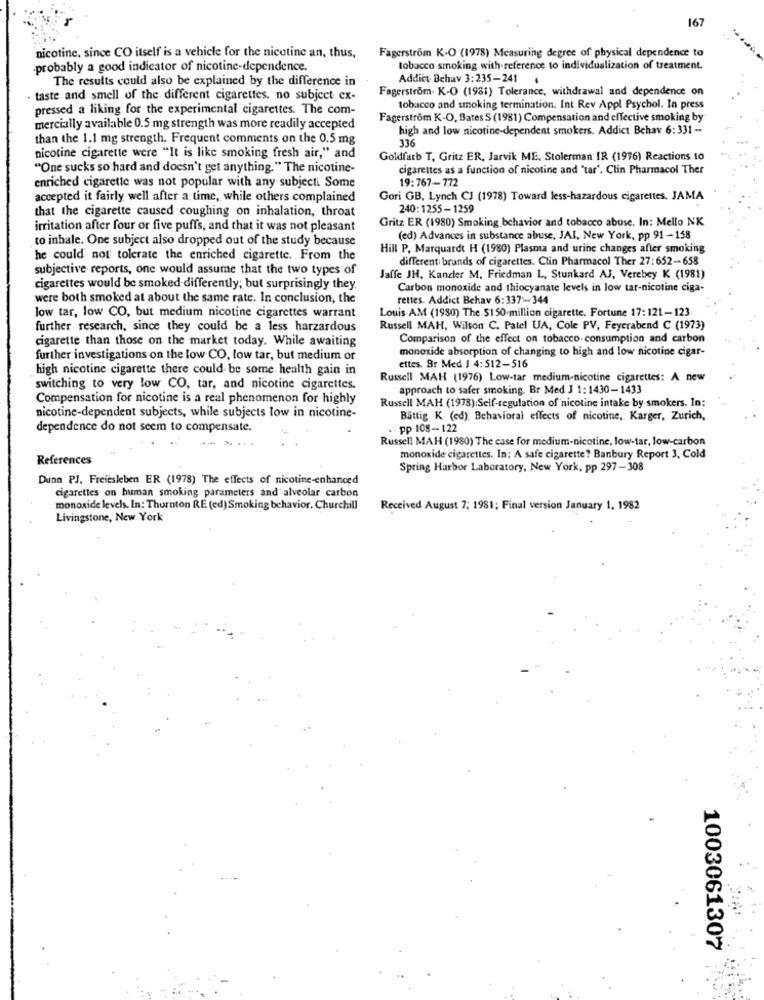
167
Fagerstrom K-O (1978) Measuring degree of physical dependence to
nicotine, since CO itself is a vehicle for the nicotine an, thus,
-probably a good indicator of nicotine-dependence.
tobacco smoking with reference to individualization of treatment.
The results could also be explained by the difference in
Addict Behav 3:235-241 4
Fagerström- K-O (1981) Tolerance, withdrawal and dependence on
.- taste and smell of the different cigarettes. no subject ex-
pressed a liking for the experimental cigarettes. The com-
tobacco and smoking termination. Int Rev Appl Psychol. In press
Fagerström K-O, Bates S (1981) Compensation and effective smoking by
mercially available 0.5 mg strength was more readily accepted
high and low nicotine-dependent smokers. Addict Behav 6:331 -
than the 1.1 mg strength. Frequent comments on the 0.5 mg
336
nicotine cigarette were "It is like smoking fresh air," and
Goldfarb T, Gritz ER, Jarvik ME; Stolerman IR (1976) Reactions 10
"One sucks so hard and doesn't get anything. " The nicotine-
cigarettes as a function of nicotine and "tar'. Clin Pharmacol Ther
19:767-772
enriched cigarette was not popular with any subjecti Some
accepted it fairly well after a time, while others complained
Gori GB, Lynch CJ (1978) Toward less-hazardous cigarettes. JAMA
that the cigarette caused coughing on inhalation, throat
240:1255-1259
Gritz ER (1980) Smoking behavior and tobacco abuse. In: Mello NK
irritation after four or five puffs, and that it was not pleasant
to inhale. One subject also dropped out of the study because
(ed) Advances in substance abuse, JAI, New York, pp 91-158
Hill P. Marquardt H (1980) Plasma and urine changes after smoking
he could not tolerate the enriched cigarette. From the
different brands of cigarettes. Clin Pharmacol Ther 27: 652-658
subjective reports, one would assume that the two types of
Jaffe JH, Kanzler M. Friedman L, Stunkard AJ, Verebey K (1981)
cigarettes would be smoked differently; but surprisingly they
Carbon monoxide and thiocyanate levels in low tar-nicotine ciga-
were both smoked at about the same rate. In conclusion, the
rettes. Addict Behav 6:337 -344
low tar, low CO, but medium nicotine cigarettes warrant
Louis AM (1980) The $150 million cigarette. Fortune 17: 121-123
further research, since they could be a less harzardous
Russell MAH, Wilson C. Patel UA, Cole PV, Feyerabend C (1973)
cigarette than those on the market today. While awaiting
Comparison of the effect on tobacco consumption and carbon
monoxide absorption of changing to high and low nicotine cigar-
further investigations on the low CO, low tar, but medium or
high nicotine cigarette there could be some health gain in
ettes. Br Med J 4: 512-516
Russell MAH (1976) Low-tar medium-nicotine cigarettes: A new
switching to very low CO, tar, and nicotine cigarettes.
approach to safer smoking. Br Med J 1: 1430-1433
Compensation for nicotine is a real phenomenon for highly
Russell MAH (1978):Self-regulation of nicotine intake by smokers. In:
nicotine-dependent subjects, while subjects low in nicotine-
Battig K (ed): Behavioral effects of nicotine, Karger, Zurich,
dependence do not seem to compensate.
.. pp 108-122
Russell MAH (1980) The case for medium-nicotine, low-tar, low-carbon
References
monoxide cigarettes. In: A safe cigarette? Banbury Report 3, Cold
Spring Harbor Laboratory, New York, pp 297-308
Dunn PJ. Freiesleben ER (1978) The effects of nicotine-enhanced
cigarettes on human smoking parameters and alveolar carbon
monoxide levels. In: Thornton RE (ed) Smoking behavior. Churchill
Received August 7; 1981; Final version January 1, 1982
Livingstone, New York
1003061307